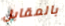
بالمقابل